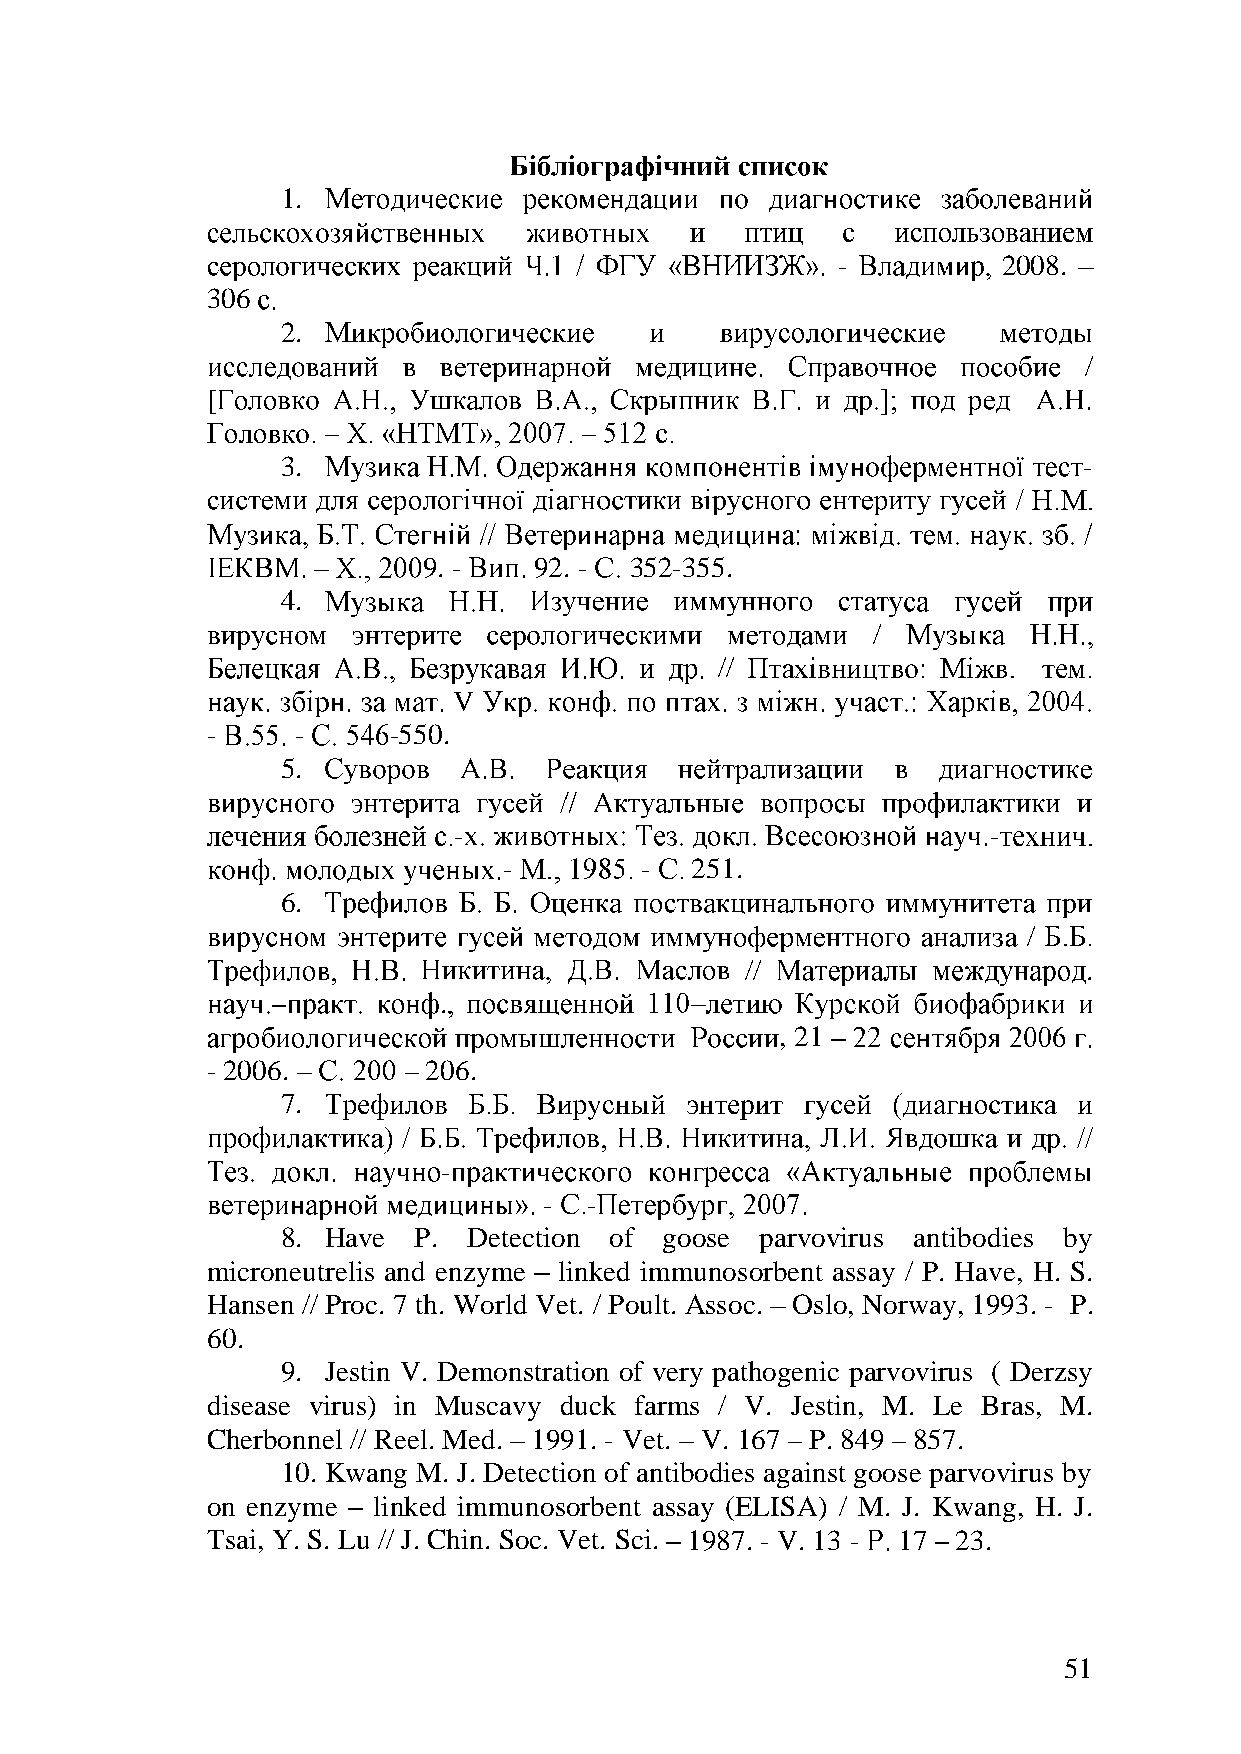
1.
 -          2008.
 306
 2.
 /
 [
 3.                                                   -
 9. -   92. -  352-355.
 4.
 /
 //
 V
 -    -      -550.
 5.
 -                                  -
 -        -   251.
 6.
 /
 //                     .
 .
 , 21
 - 2006.       206.
 7.
 -
 -  -
 8. Have P.  Detection of goose parvovirus antibodies by
 microneutrelis and enzyme linked immunosorbent assay / P. Have, H. S.
 Hansen // Proc. 7 th. World Vet. / Poult. Assoc. Oslo, Norway, 1993. - P.
 60.
 9. Jestin V. Demonstration of very pathogenic parvovirus ( Derzsy
 disease virus) in Muscavy duck farms / V. Jestin, M. Le Bras, M.
 Cherbonnel // Reel. Med. 1991. - Vet. V. 167 P. 849 857.
 10. Kwang M. J. Detection of antibodies against goose parvovirus by
 on enzyme  linked immunosorbent assay (ELISA) / M. J. Kwang, H. J.
 Tsai, Y. S. Lu // J. Chin. Soc. Vet. Sci. 1987. - V. 13 - 17 23.
 51